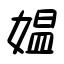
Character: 媼